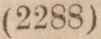
(2288)